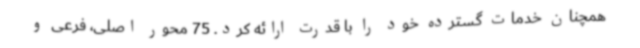
همچنان خدمات گسترده خود را با قدرت ارائه کرد. 75 محور اصلی، فرعی و